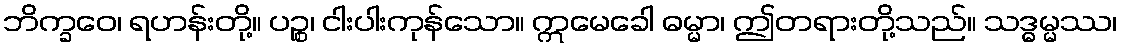
ဘိက္ခဝေ၊ ရဟန်းတို့။ ပဉ္စ၊ ငါးပါးကုန်သော။ ဣမေခေါ ဓမ္မာ၊ ဤတရားတို့သည်။ သဒ္ဓမ္မဿ၊